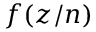
f ( z / n )